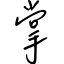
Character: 掌